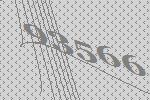
93566